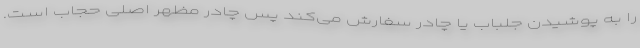
را به پوشیدن جلباب یا چادر سفارش می‌کند پس چادر مظهر اصلی حجاب است.